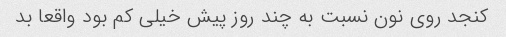
کنجد روی نون نسبت به چند روز پیش خیلی کم بود واقعا بد